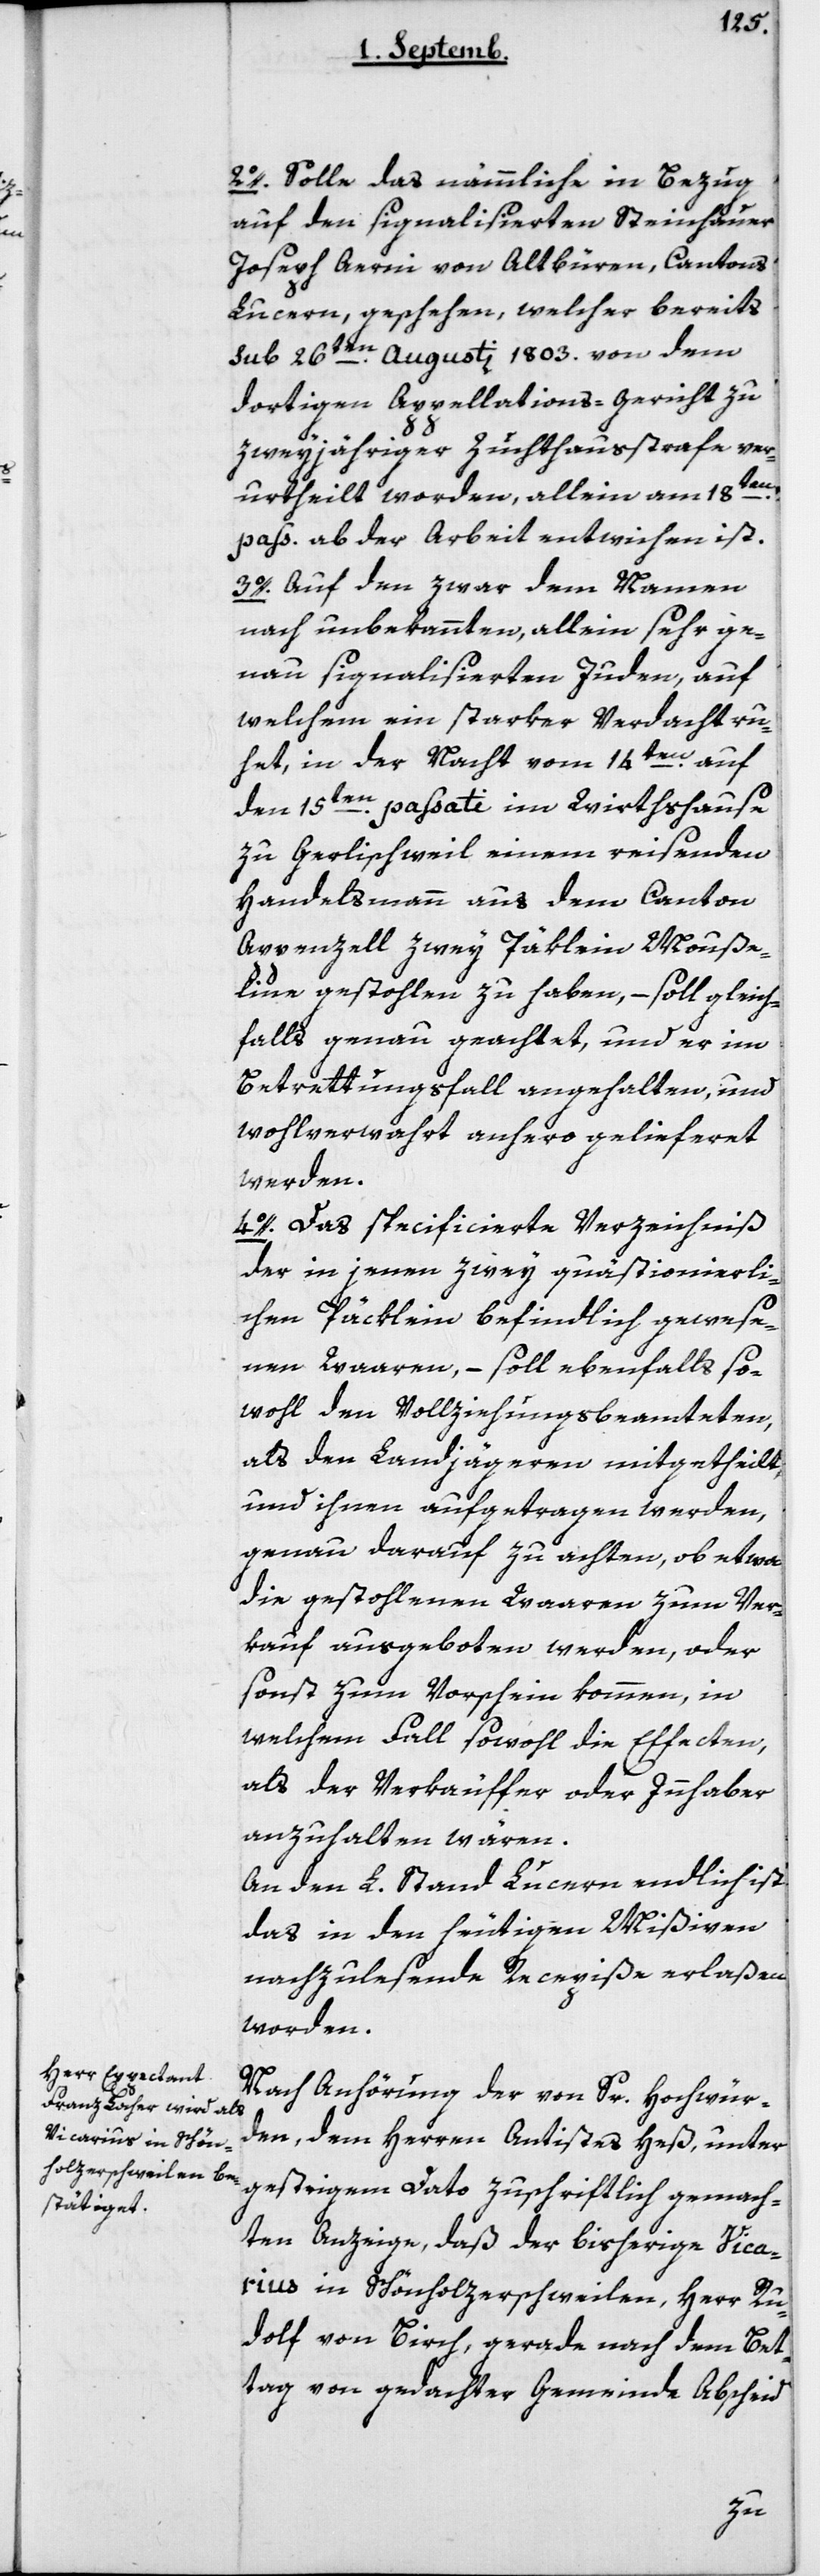
2o. Solle das nämmliche in Bezug
auf den signalisierten Steinhauer
Joseph Aerni von Altbüron, Cantons
Luzern, geschehen, welcher bereits
sub 26ten Augusti 1803 von dem
dortigen Appellationsgericht zu
zweyjähriger Zuchthausstrafe ver¬
urtheilt worden, allein am 18ten
pass. ab der Arbeit entwichen ist.
3o. Auf den zwar dem Namen
nach unbekannten, allein sehr ge¬
nau signalisierten Juden, auf
welchem ein starker Verdacht ru¬
het, in der Nacht vom 14ten auf
den 15ten paßati im Wirthshause
zu Gerliswil einem reisenden
Handelsmann aus dem Canton
Appenzell zwey Päklein Mouße¬
line gestohlen zu haben, – soll gleich¬
falls genau geachtet, und er im
Betrettungsfall angehalten und
wohlverwahrt anhero gelieferet
werden.
4o. Das specificierte Verzeichnis
der in jenen zwey quästionierli¬
chen Päcklein befindlich gewese¬
nen Waren, – soll ebenfalls so¬
wohl den Vollziehungsbeamteten,
als den Landjägeren mitgetheilt
und ihnen aufgetragen werden,
genau darauf zu achten, ob etwa
die gestohlenen Waren zum Ver¬
kauf ausgeboten werden, oder
sonst zum Vorschein kommen, in
welchem Fall sowohl die Effecten,
als der Verkäufer oder Inhaber
anzuhalten wären.
An den L. Stand Luzern endlich ist
das in den heutigen Mißiven
nachzulesende Recepiße erlaßen
worden.
Nach Anhörung der von Sr Hochwür¬
den, dem Herrn Antistes Heß, unter
gestrigem Dato zuschriftlich gemach¬
ten Anzeige, daß der bisherige Vica¬
rius in Schönholzersweilen, Herr Ru¬
dolf von Birch, gerade nach dem Bet¬
tag von gedachter Gemeinde Abscheid